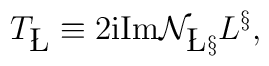
T_{{\bf \L}} \equiv 2{\rm i} {\rm Im }{\cal N}_{{\bf \L}{\bf \S}}L^{{\bf \S}} ,